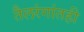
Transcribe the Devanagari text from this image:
तैलरंगांतही